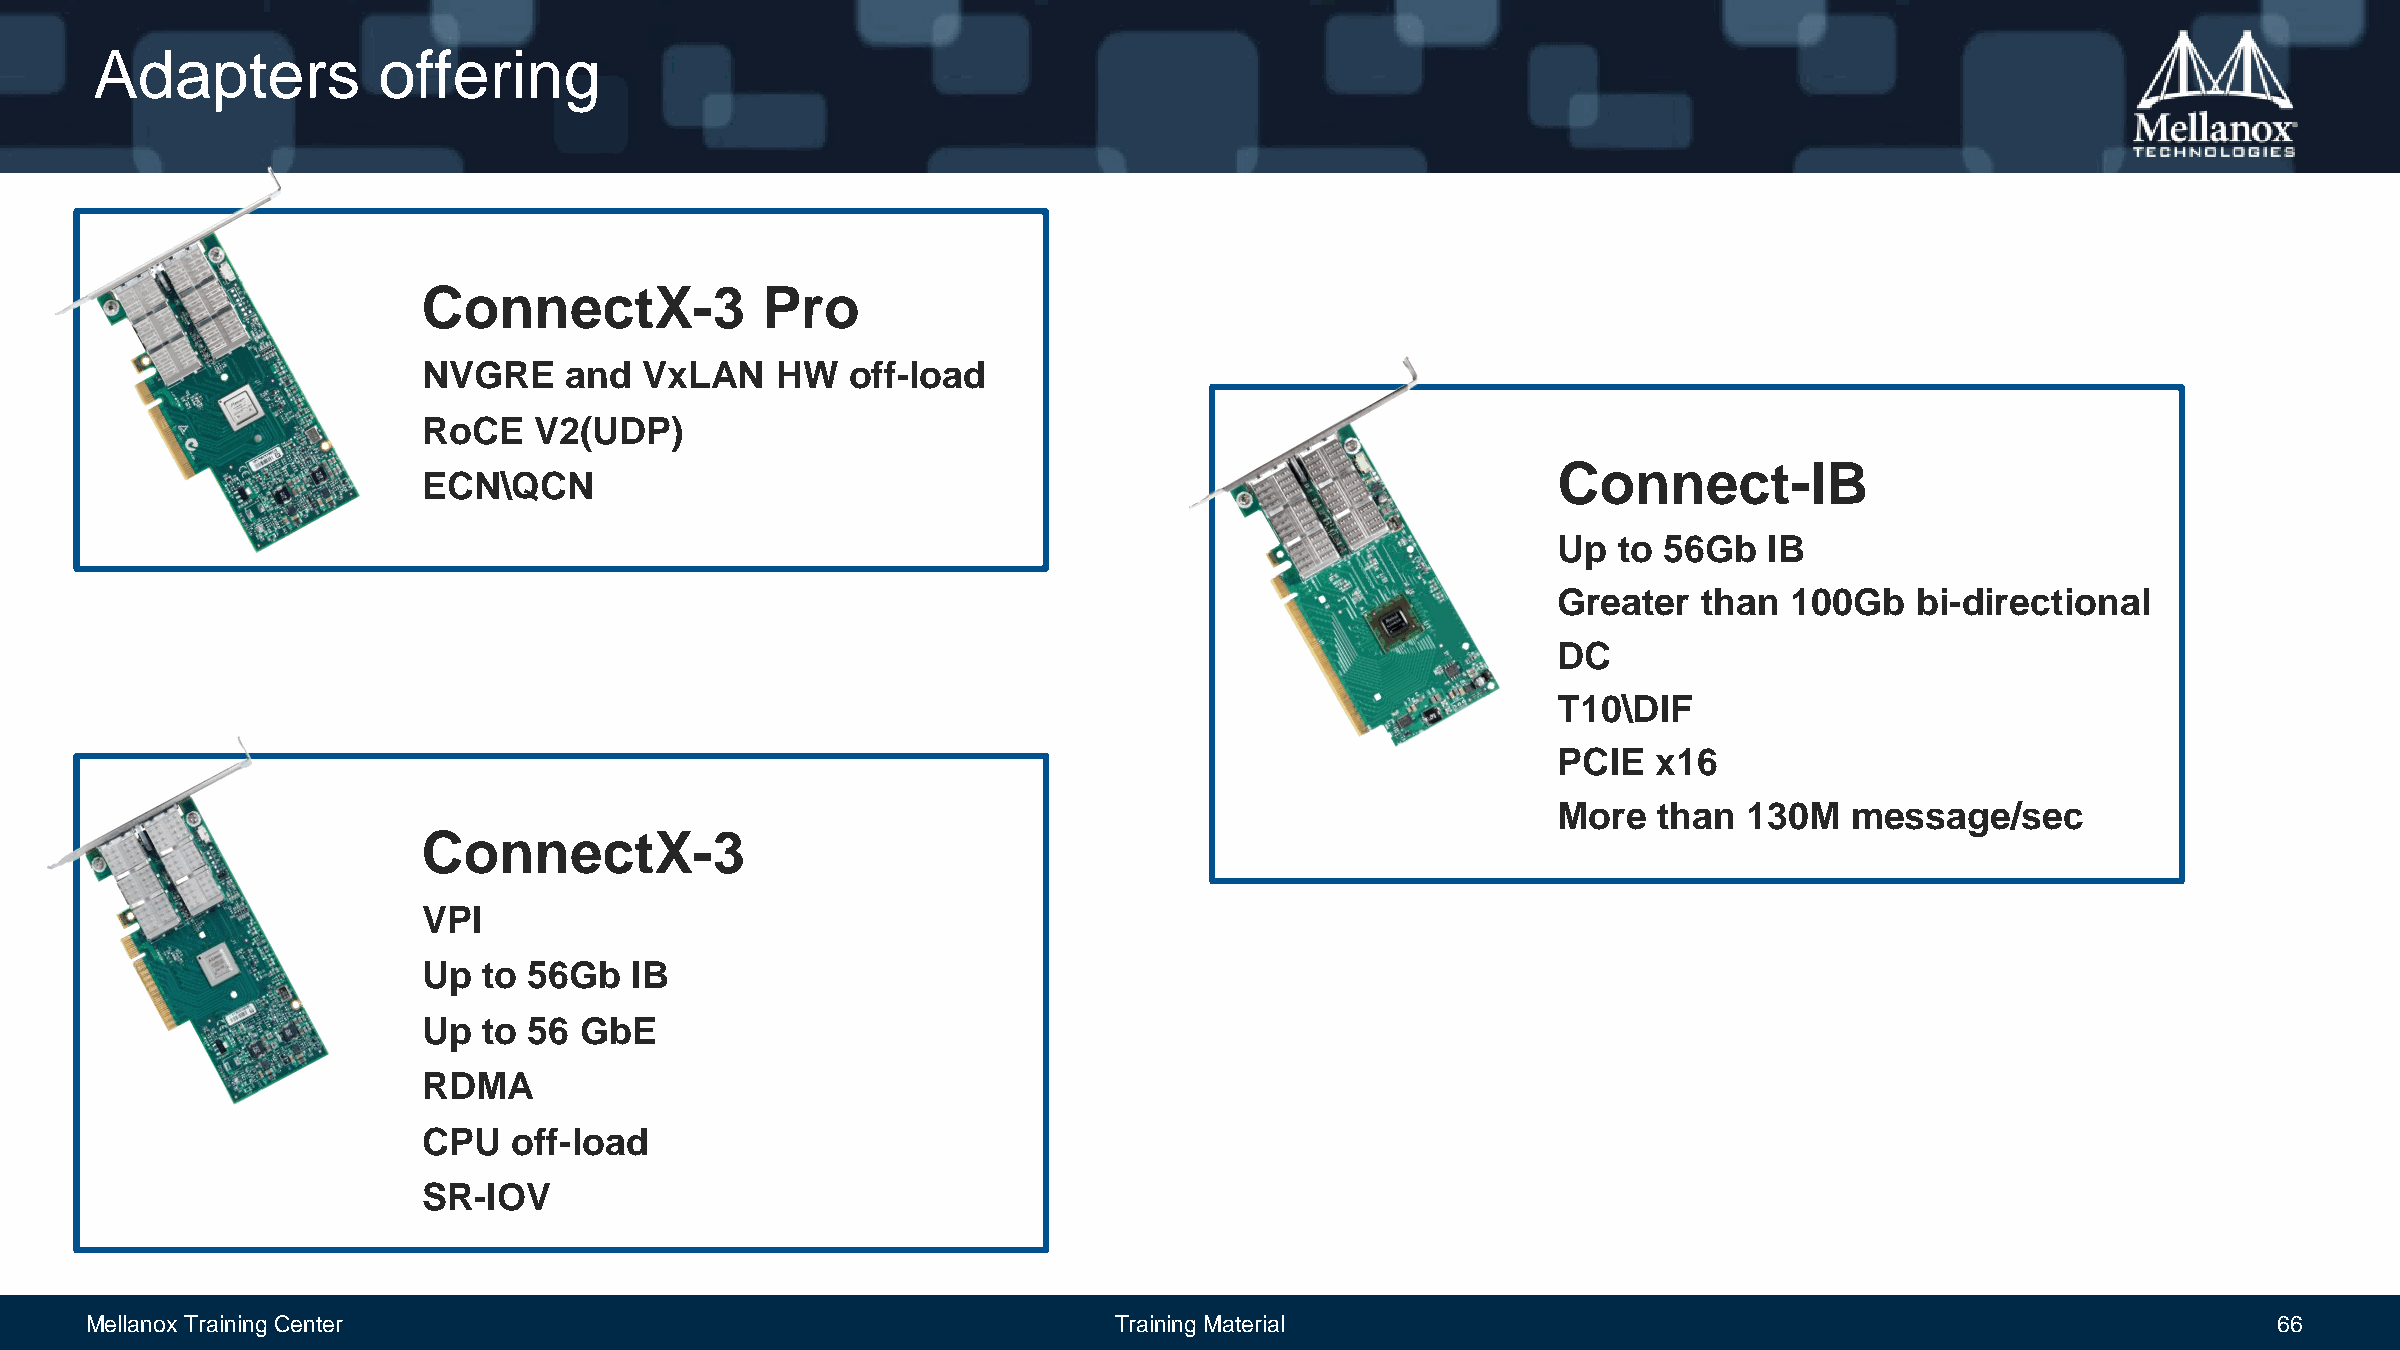
Adapters           offering
 ConnectX-3            Pro
 NVGRE    and   VxLAN   HW   off-load
 RoCE   V2(UDP)
 Connect-IB
 ECN\QCN
 Up  to 56Gb   IB
 Greater   than  100Gb   bi-directional
 DC
 T10\DIF
 PCIE   x16
 More   than  130M   message/sec
 ConnectX-3
 VPI
 Up  to 56Gb   IB
 Up  to 56 GbE
 RDMA
 CPU   off-load
 SR-IOV
 Mellanox Training Center                                            Training Material                                                            66